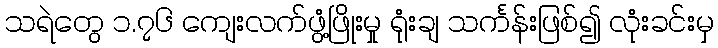
သရဲတွေ ၁.၇၆ ကျေးလက်ဖွံ့ဖြိုးမှု ရုံးချ သင်္ကန်းဖြစ်၍ လုံးခင်းမှ